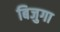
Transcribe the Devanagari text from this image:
बिजुगा